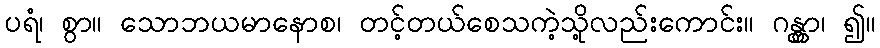
ပရံ၊ စွာ။ သောဘယမာနောစ၊ တင့်တယ်စေသကဲ့သို့လည်းကောင်း။ ဂန္တွာ၊ ၍။